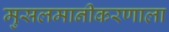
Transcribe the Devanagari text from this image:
मुसलमानीकरणाला